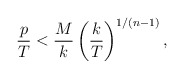
\begin{align*}{p\over T} < {M\over k} \left({k\over T}\right)^{1/(n-1)},\end{align*}